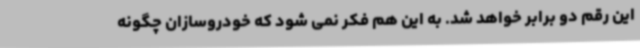
این رقم دو برابر خواهد شد. به این هم فکر نمی شود که خودروسازان چگونه